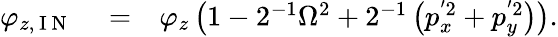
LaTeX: \begin{array}{rlr}{\varphi_{z,\mathrm{~I~N~}}}&{{}=}&{\varphi_{z}\left(1-2^{-1}\Omega^{2}+2^{-1}\left(p_{x}^{'2}+p_{y}^{'2}\right)\right).}\end{array}